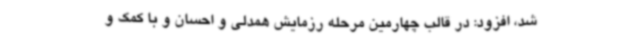
شد، افزود: در قالب چهارمین مرحله رزمایش همدلی و احسان و با کمک و